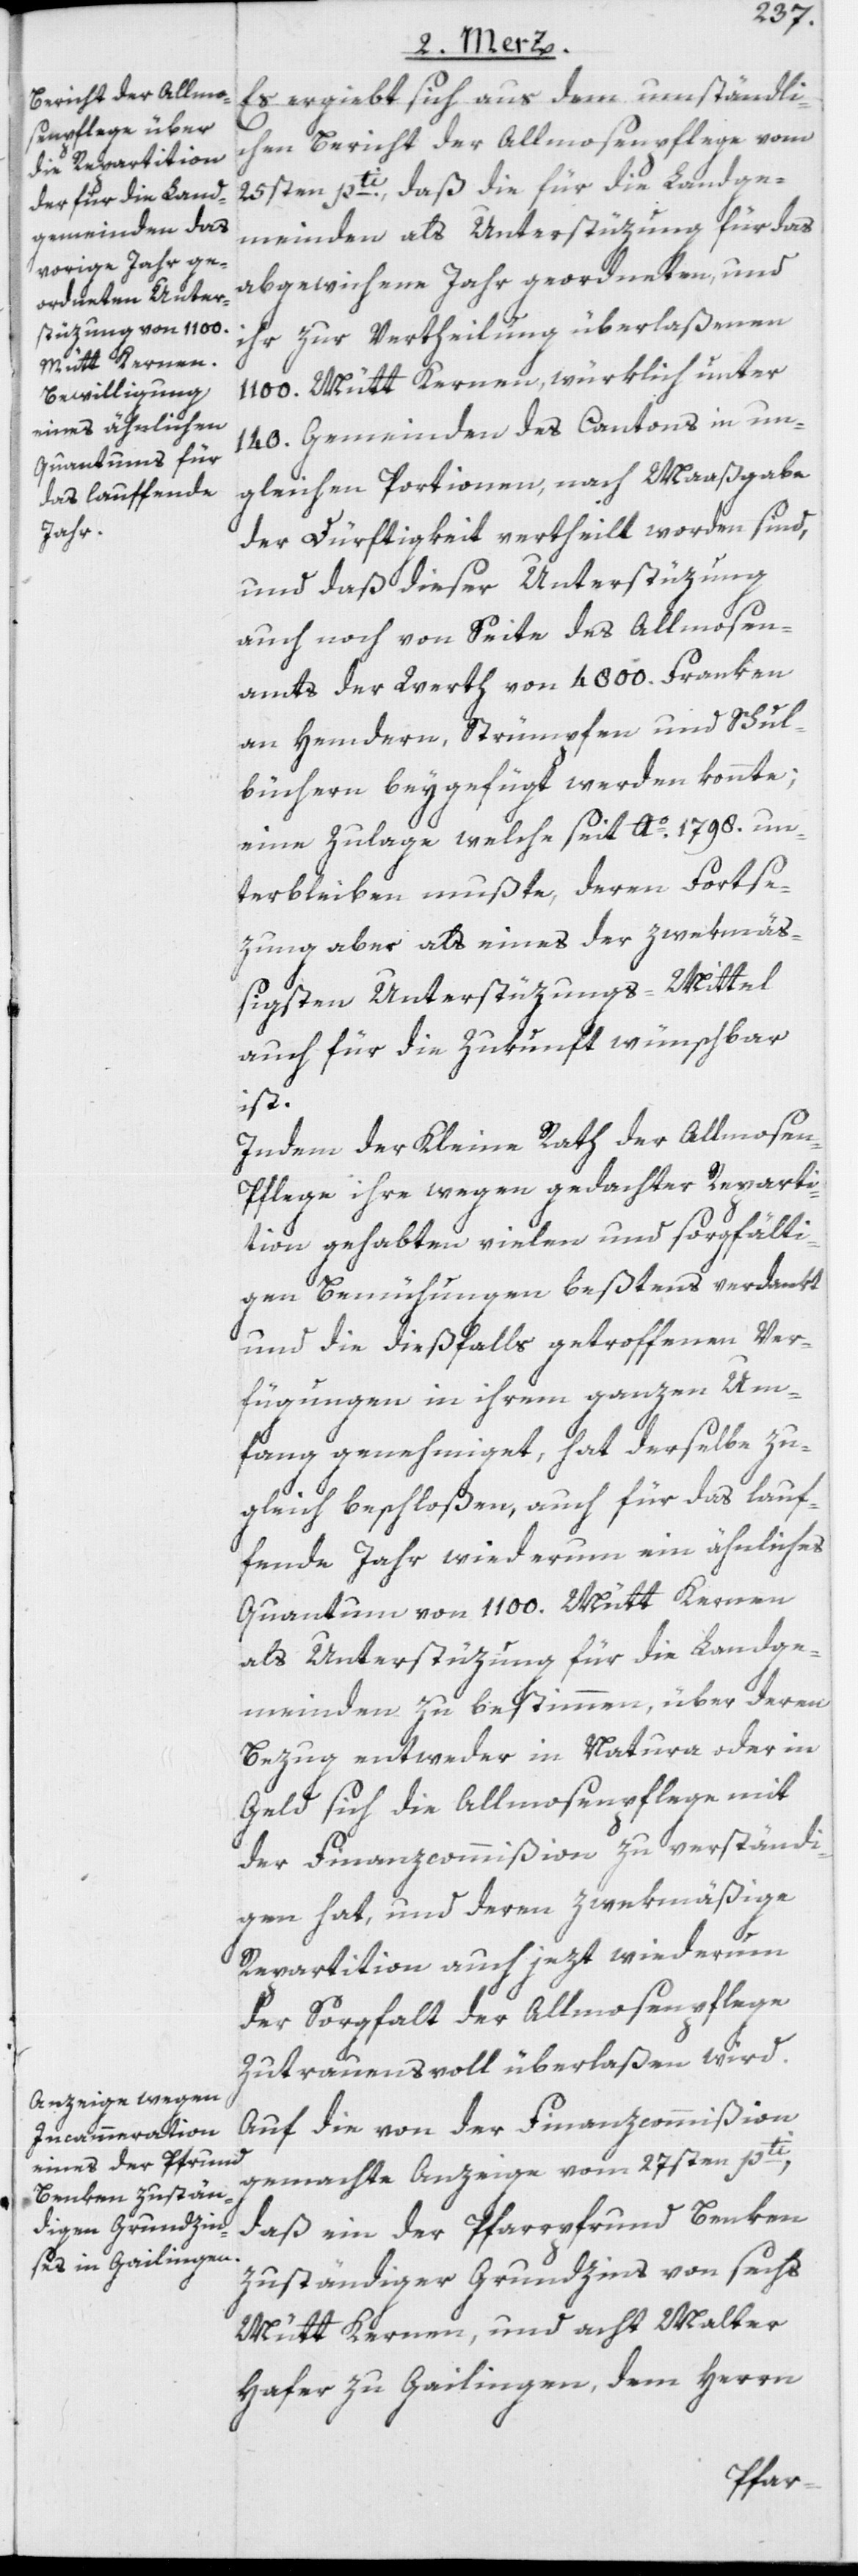
Es ergiebt sich aus dem umständli¬
chen Bericht der Allmosenpflege vom
25sten pti, daß die für die Landge¬
meinden als Unterstüzung für das
abgewichene Jahr geordneten, und
ihr zur Vertheilung überlaßenen
1100. Mütt Kernen, würklich unter
140. Gemeinden des Cantons in un¬
gleichen Portionen, nach Maaßgabe
der Dürftigkeit vertheilt worden sind,
und daß dieser Unterstüzung
auch noch von Seite des Allmosen¬
amts der Werth von 4800. Franken
an Hemdern, Strümpfen und Schul¬
büchern beygefügt werden konnte;
eine Zulage welche seit Ao. 1798. un¬
terbleiben mußte, deren Fortse¬
zung aber als eines der zwekmäß¬
igsten Unterstützungs-Mittel
auch für die Zukunft wünschbar
ist.
Indem der Kleine Rath der Allmose¬
n-Pflege ihre wegen gedachter Reparti¬
tion gehabten vielen und sorgfälti¬
gen Bemühungen beßtens verdankt
und die dießfalls getroffenen Ver¬
fügungen in ihrem ganzen Um¬
fang genehmiget, hat derselbe zu¬
gleich beschloßen, auch für das lauf¬
fende Jahr wiederum ein ähnliches
Quantum von 1100. Mütt Kernen
als Unterstüzung für die Landge¬
meinden zu bestimmen, über deren
Bezug entweder in Natura oder in
Geld sich die Allmosenpflege mit
der Finanzcommißion zu verständi¬
gen hat, und deren zwekmäßige
Repartition auch jetzt wiederum
der Sorgfalt der Allmosenpflege
zutrauensvoll überlaßen wird.
Auf die von der Finanzcommißion
gemachte Anzeige vom 27sten pti,
daß ein der Pfarrpfrund Benken
zuständiger Grundzins von sechs
Mütt Kernen, und acht Malter
Hafer zu Gailingen, dem Herrn